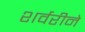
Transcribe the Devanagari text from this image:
शर्वरीने